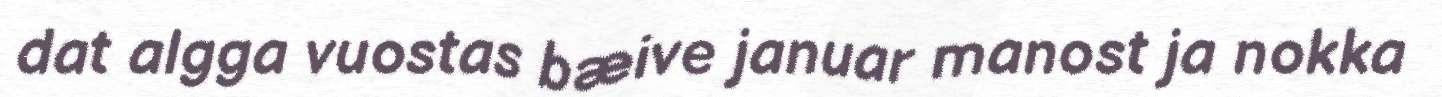
dat algga vuostas bæive januar manost ja nokka